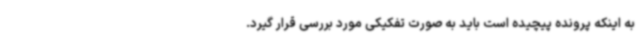
به اینکه پرونده پیچیده است باید به صورت تفکیکی مورد بررسی قرار گیرد.